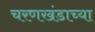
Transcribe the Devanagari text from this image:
चरणखंडाच्या